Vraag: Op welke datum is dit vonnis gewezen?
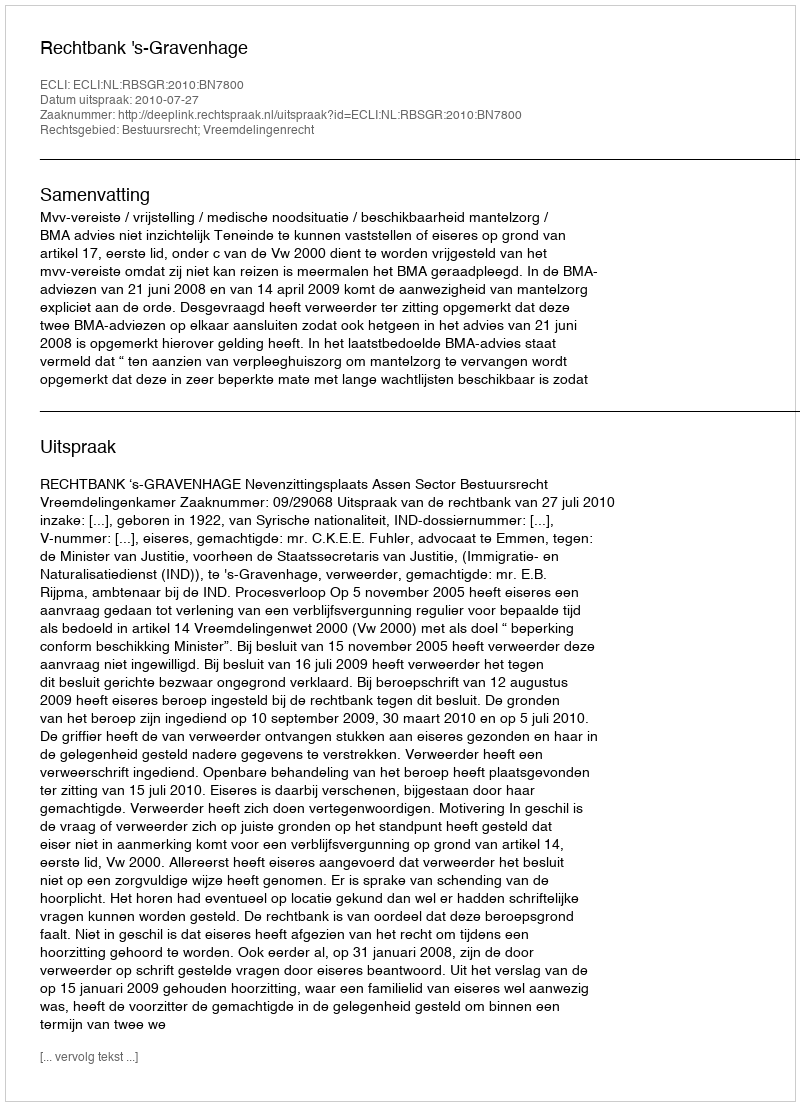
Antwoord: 2010-07-27